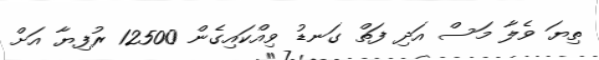
ތިޔަ ވެލާ މަސް އަދި ފަތް ގަނޑު ވިއްކައިގެން 12500 ރުފިޔާ އަށް